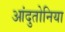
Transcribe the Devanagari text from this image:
आंदुतोनिया